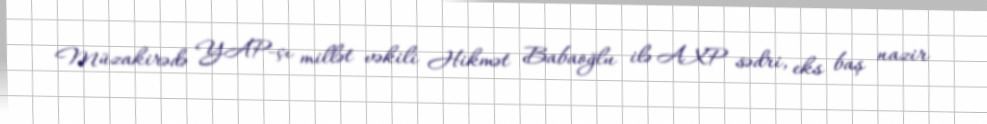
Müzakirədə YAP-çı millət vəkili Hikmət Babaoğlu ilə AXP sədri, eks baş nazir